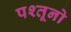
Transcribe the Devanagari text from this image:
पश्तूनो